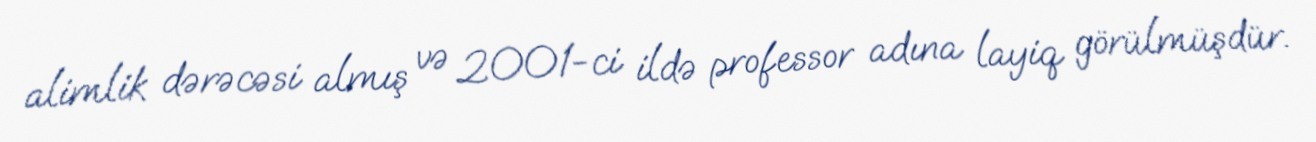
alimlik dərəcəsi almış və 2001-ci ildə professor adına layiq görülmüşdür.